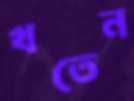
খতেন